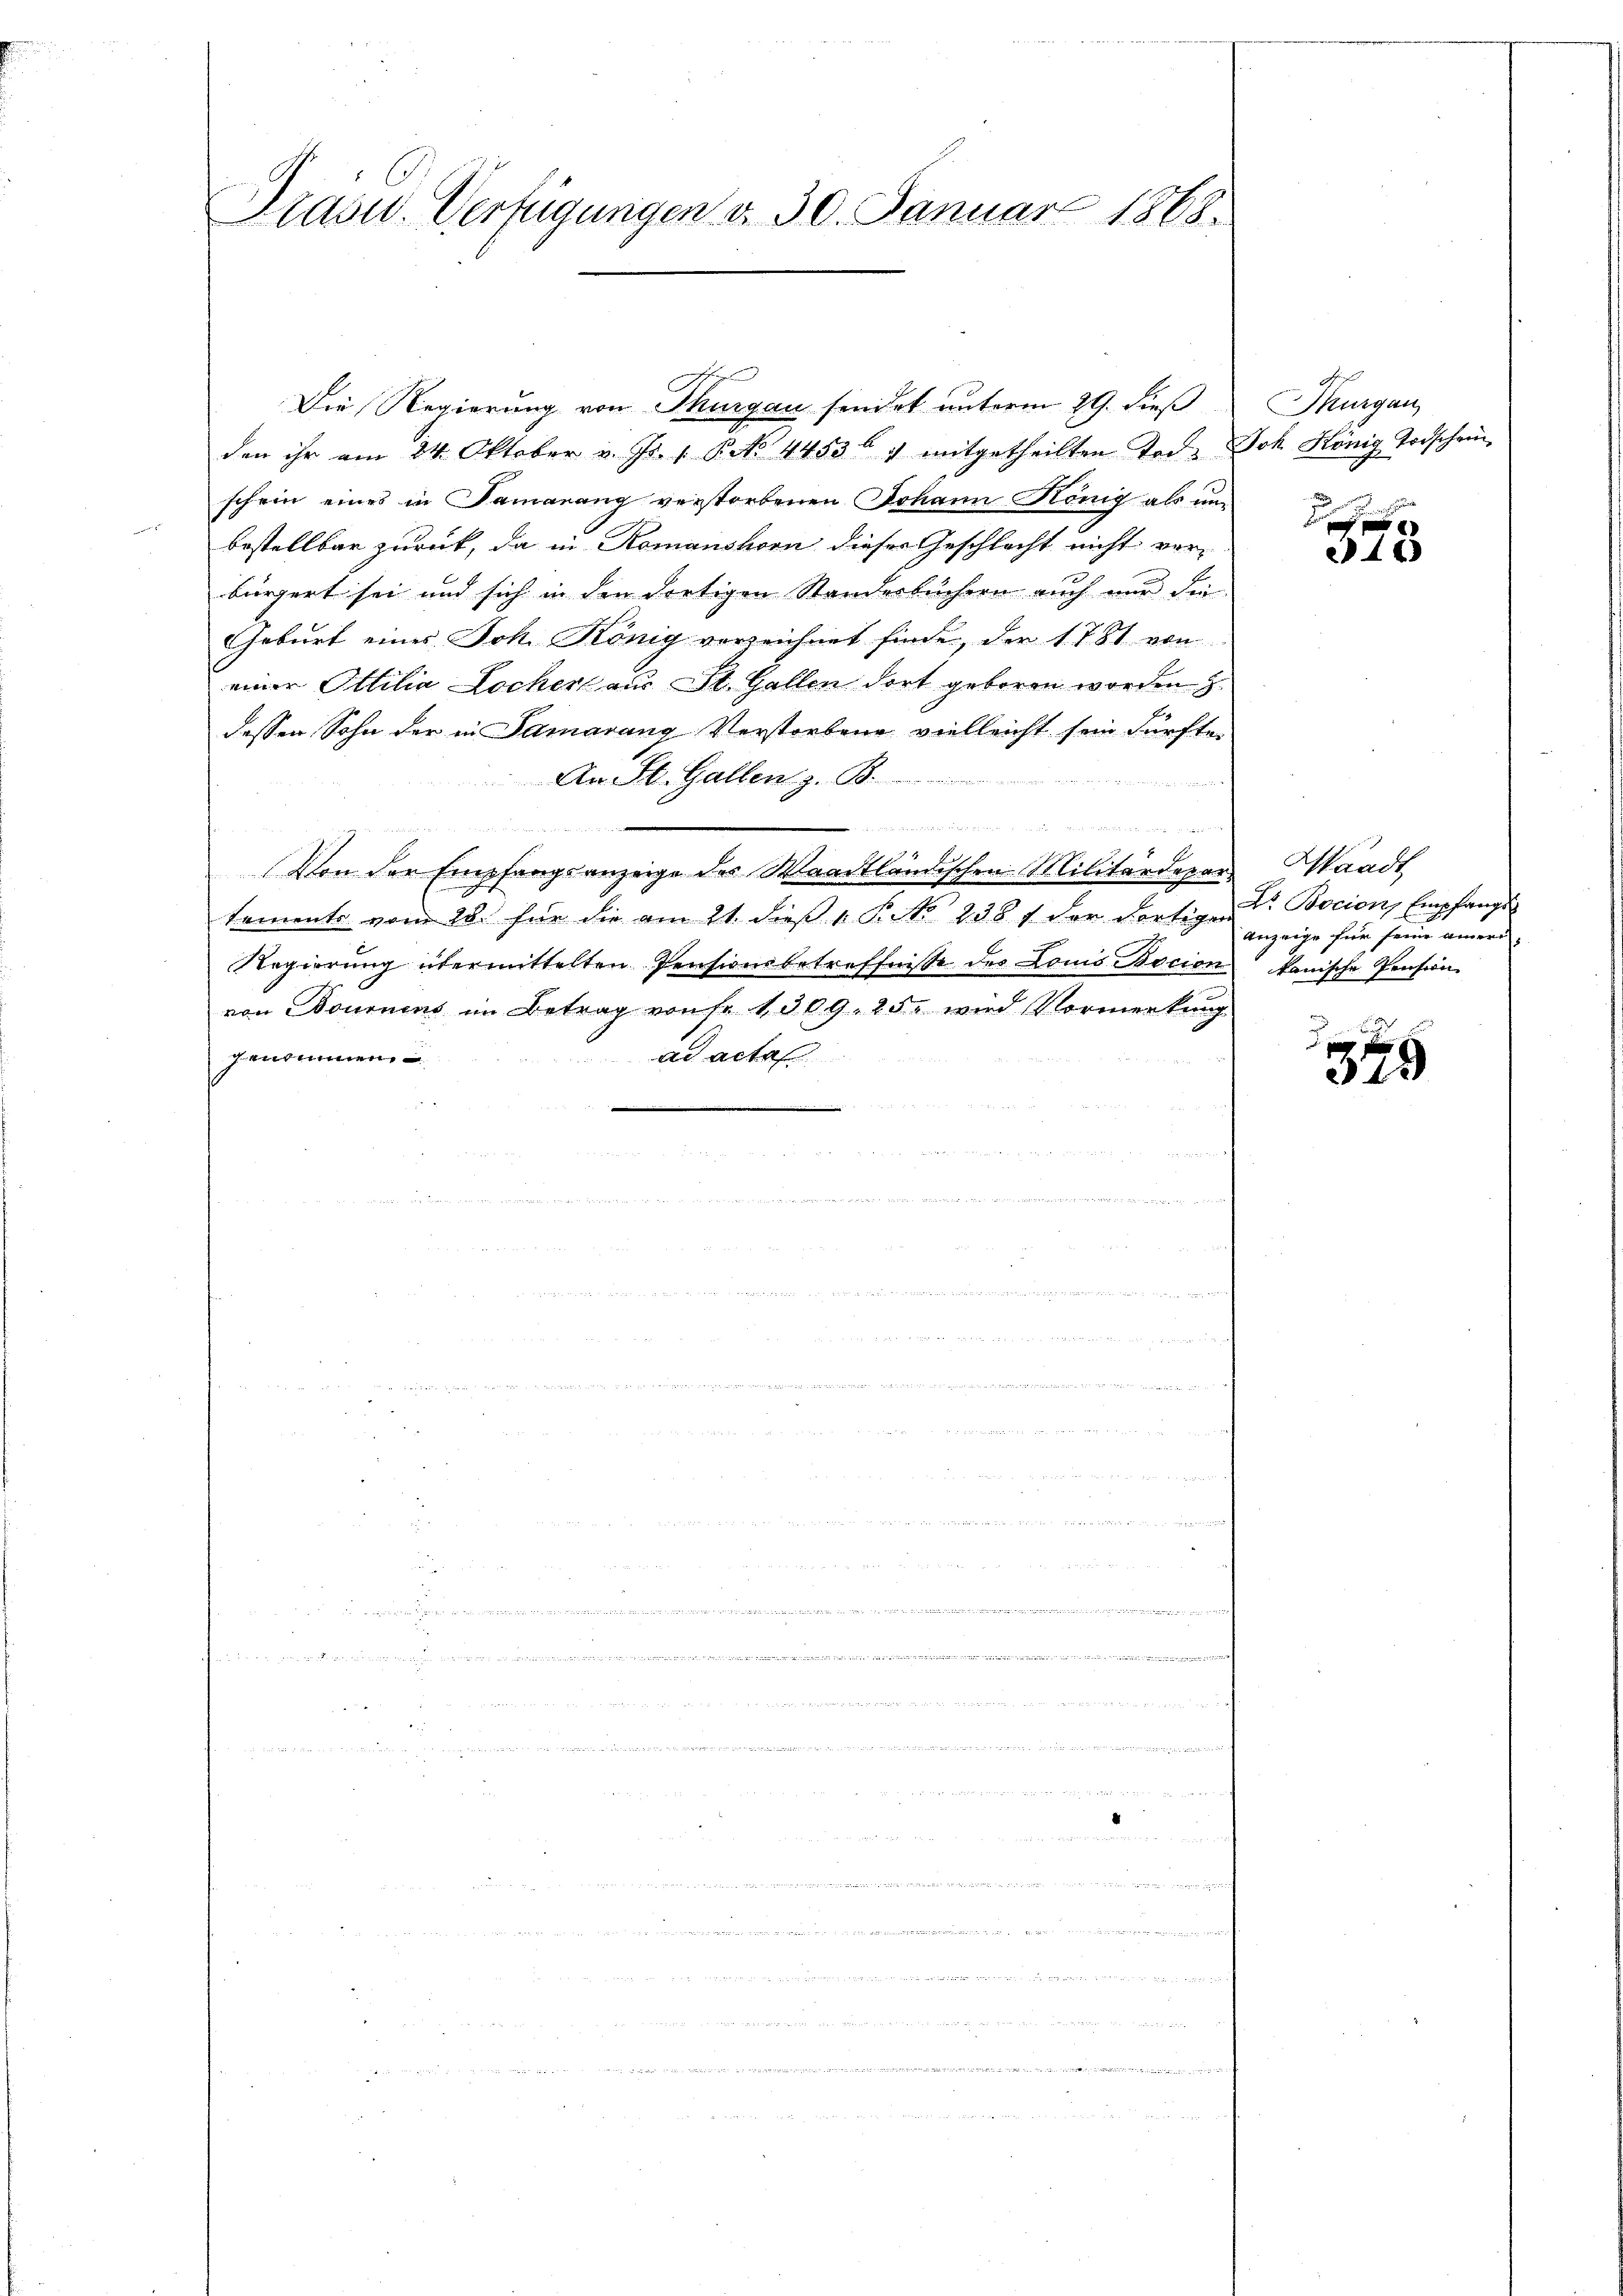
Präsid. Verfügungen d. 30. Januar 1868.

Die Regierung von Thurgau sendet unterm 29. dieß
den ihr am 24. Oktober v. Js. v. P. N. 4453 4 mitgetheilten Tod. Joh. König Todschein
schein eines in Samarang verstorbenen Johann König als un
bestellbar zurück, da in Komanshorn dieses Geschlacht nicht verbürgert sei und sich in den dortigen Standerbüchern auch nur die
Geburt eines Joh. König verzeichnet finde, der 1781 von
einer Ottilia Locher aus St. Gallen dort geboren worden
dessen Sohn der in Samarang Verstorbene vielleicht sein dürfte.
An St. Gallen z. B.
.
 B
1135 x
Von der Empfangsanzeige des Waadtländischen Militärdepartements vom 28. für die am 21. dieß P. No 238 f der dortigen
Regierung übermittelten Pensionsbetreffnisse des Louis Bocion
von Bournens im Betrag von sr 1309. 25. wird Vormerkŭng
entimen
ad actan

n
                                            ein sich in de

Thurgau

375

Waadt
Dr. Bocion, Empfangs
Anzeige für seine ameri
kanische Pension

349